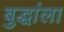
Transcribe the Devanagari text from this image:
बुद्धांला